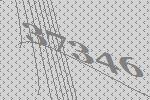
37346